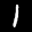
Label: 1